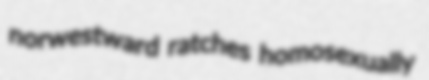
norwestward ratches homosexually